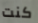
كنت